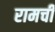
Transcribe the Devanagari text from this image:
रामची